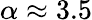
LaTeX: \alpha\approx 3.5